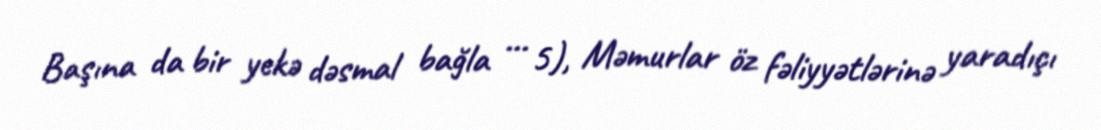
Başına da bir yekə dəsmal bağla … 5), Məmurlar öz fəliyyətlərinə yaradıçı